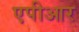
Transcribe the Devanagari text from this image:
एपीआर